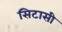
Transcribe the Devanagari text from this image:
सिटासी